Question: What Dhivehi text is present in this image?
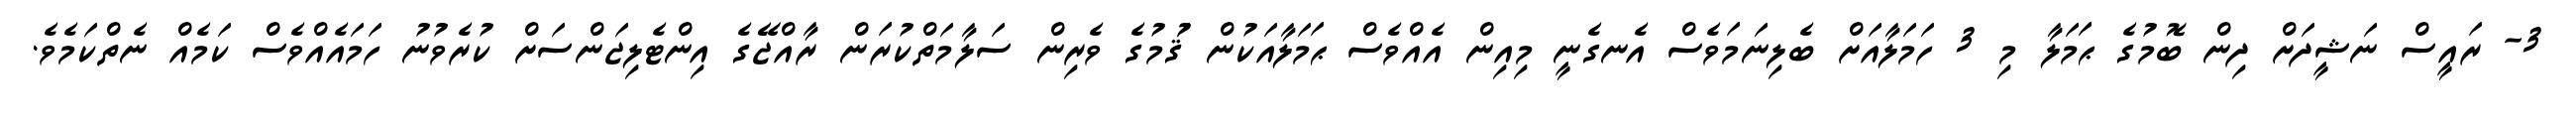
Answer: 3- ރައީސް ނަޝީދަށް ދިން ބޮމުގެ ޙަމަލާ މި 3 ހަމަލާއަށް ބެލިނަމަވެސް އެނގެނީ މިއިން އެއްވެސް ޙަމަލާއަކުން ޤަުމުގެ ވެރިން ސަލާމަތްކުރަން ރާއްޖޭގެ އިންޓެލިޖަންސަށް ކުރެވުނު ހަމައެއްވެސް ކަމެއް ނެތްކަމެވެ.